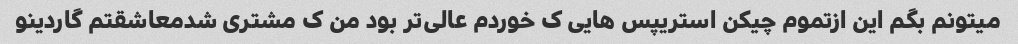
میتونم بگم این ازتموم چیکن استریپس هایی ک خوردم عالی‌تر بود من ک مشتری شدمعاشقتم گاردینو